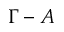
\Gamma - A